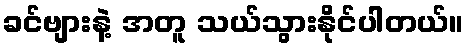
ခင်ဗျားနဲ့ အတူ သယ်သွားနိုင်ပါတယ်။